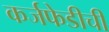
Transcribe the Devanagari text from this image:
कर्जफेडीची